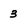
Character: 3